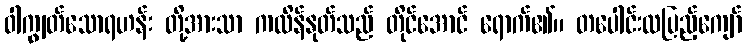
ဝါကျွတ်သောရဟန်း တို့အားသာ ကထိန်နုတ်သည် တိုင်အောင် ရောက်၏။ တပေါင်းလပြည့်ကျော်